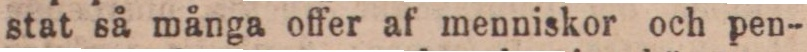
stat så många offer af menniskor och pen-